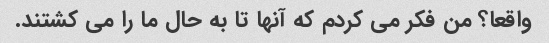
واقعا؟ من فکر می کردم که آنها تا به حال ما را می کشتند.